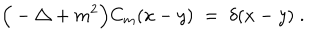
\Big ( - \triangle + m ^ { 2 } \Big ) C _ { m } ( x - y ) \; = \; \delta ( x - y ) \; .